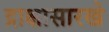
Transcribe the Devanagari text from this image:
द्राक्षासारखे